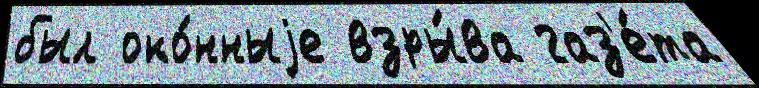
был око́нныjе взры́ва газ'е́та